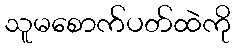
သူမစောက်ပတ်ထဲကို